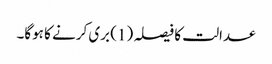
عدالت کا فیصلہ (1) بری کرنے کا ہوگا۔